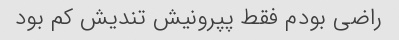
راضی بودم فقط پپرونیش تندیش کم بود